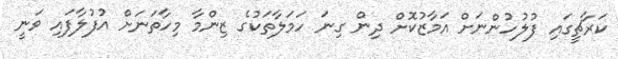
ކަރާޗީގައި ފުލުހުންނަށް އަމާޒުކޮށް ދިން ގިނަ ހަމަލާތަކުގެ ޒިންމާ މިހާތަނަށް އުފުލާފައި ވަނީ